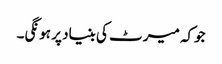
جوکہ میرٹ کی بنیاد پر ہونگی۔